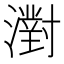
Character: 濧